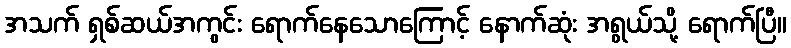
အသက် ရှစ်ဆယ်အကွင်း ရောက်နေသောကြောင့် နောက်ဆုံး အရွယ်သို့ ရောက်ပြီ။